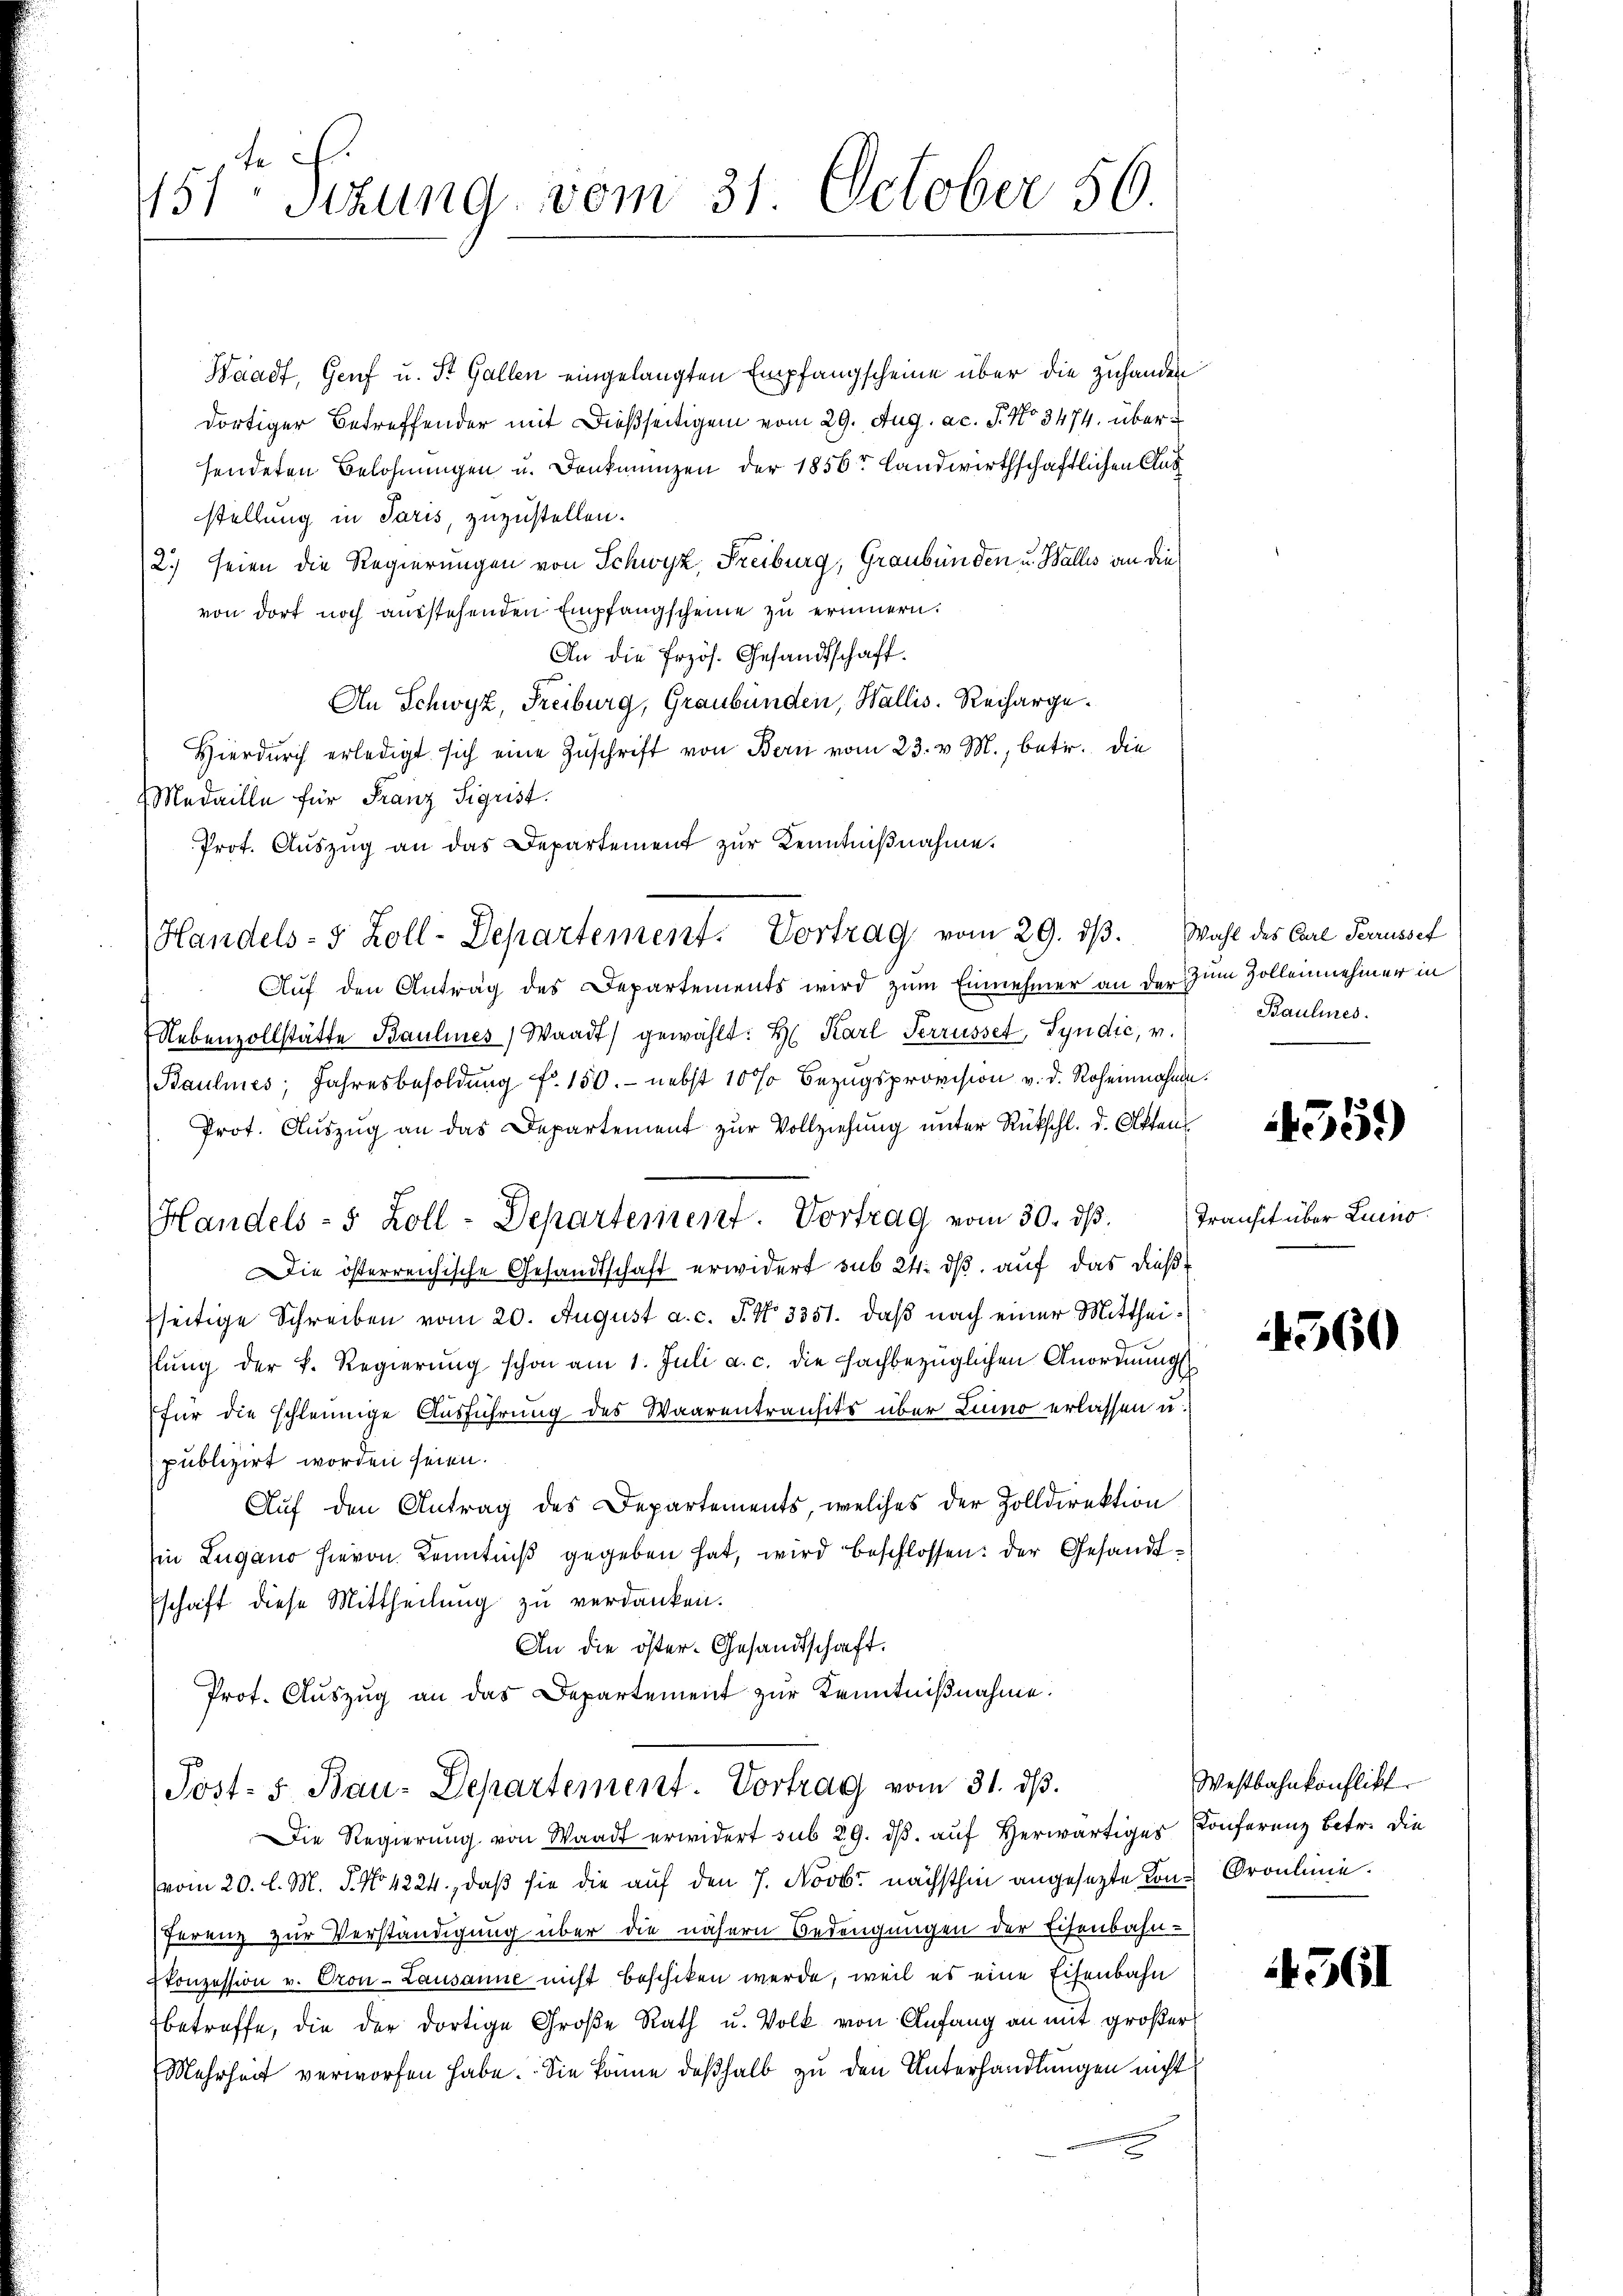
151ten Sizung vom 31. October 56.

Waadt, Genf u. St. Gallen eingelangten Empfangscheine über die zuhanden
dortiger Betreffender mit dießseitigen vom 29. Aug. ac. J. No 3474. übersendeten Belohnungen u. Denkmünzen der 1856r Landwirthschaftlichen Aus
stellung in Paris, zuzustellen.
2.) seien die Regierungen von Schwyz, Freiburg, Graubünden u. Wallis an die
von dort noch ausstehenden Empfangscheine zu erinnern.
An die Przös. Gesandtschaft.
An Schwyz, Freiburg, Graubünden, Wallis. Recharge¬
Hierdurch erledigt sich eine Zŭschrift von Bern vom 23. v. M., betr. die
Medaille für Franz Sigrist.
Prot. Aŭszŭg an das Departement zur Kenntnißnahme.
Auf den Antrag des Departements wird zum Einnehmer an der zum Zollennehmer in
Nebenvollstätte Baulines Waadt) gewählt: Hr. Karl Serrüsset, Syndić, v.
Baulines Jahresbesoldŭng fr. 150.- nebst 10% Bezugsprovision v. d. Roheinnahmen.
Prot. Auszug an das Departement zur Vollziehung unter Rückschl. d. Atten
ie österreichische Gesandtschaft erwidert sub 24. dß auf das dießseitige Schreiben vom 20. August a. c. J. No 3351. daß nach einer Mittheilŭng der k. Regierŭng schon am 1. Juli a. c. die fachbezüglichen Anordnŭngs-
(für die schleunige Ausführung des Waarentransits über Lino erlassen u.
publizirt worden seien.
Aŭf den Antrag des Departements, welches der Zolldirektion
Ein Lugano hievon Kenntniβ gegeben hat, wird beschlossen: der Gesandtschaft diese Mittheilung zu verdanken.
An die öster-Gesandtschaft.
Prot. Aŭszŭg an das Departement zur Kenntnißnahme.
Post- u Bau-Departement. Vortrag vom 31. dβ.
Die Regierŭng von Waadt erwidert sub 29. dβ aŭf herwärtiges Conferenz betr. die
vom 20. l. M. P. No 4224., daß sie die auf den 7. Novbr nächsthin angesetzte Kon-Groulinie.
ferenz zur Verständigung über die nähern Bedeugungen der Eisenbahn-
konzession v. Oron-Lausanne nicht beschiken werde, weil es eine Eisenbahn
betreffe, die der dortige Große Rath u. Volk von Anfang an mit großer
Mehrheit verworfen habe. Sie könne deßhalb zu den Unterhandlungen nicht

Handels- 5 Zoll - Departement. Vortrag vom 30. dβ.

Handels- 5 Zoll-Departement. Vortrag vom 29. dβ. Wahl des Carl Ferrusset

Baulines.

1559

Transit über Luino.

4360

Westbahnkonflikt

561